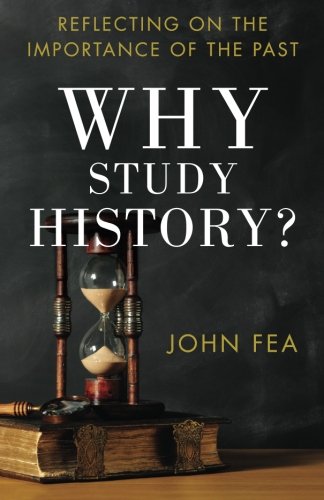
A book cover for Why Study History?: Reflecting on the Importance of the Past; John Fea; History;